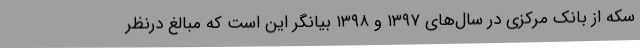
سکه از بانک مرکزی در سال‌های ۱۳۹۷ و ۱۳۹۸ بیانگر این است که مبالغ درنظر